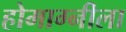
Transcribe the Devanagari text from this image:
होमाग्नीला